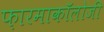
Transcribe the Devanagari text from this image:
फ़ारमाकॉलोजी